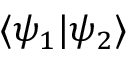
\langle \psi _ { 1 } | \psi _ { 2 } \rangle